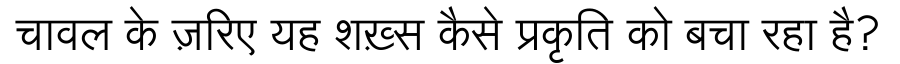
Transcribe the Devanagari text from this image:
चावल के ज़रिए यह शख़्स कैसे प्रकृति को बचा रहा है?